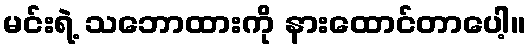
မင်းရဲ့ သဘောထားကို နားထောင်တာပေါ့။